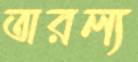
তারল্য